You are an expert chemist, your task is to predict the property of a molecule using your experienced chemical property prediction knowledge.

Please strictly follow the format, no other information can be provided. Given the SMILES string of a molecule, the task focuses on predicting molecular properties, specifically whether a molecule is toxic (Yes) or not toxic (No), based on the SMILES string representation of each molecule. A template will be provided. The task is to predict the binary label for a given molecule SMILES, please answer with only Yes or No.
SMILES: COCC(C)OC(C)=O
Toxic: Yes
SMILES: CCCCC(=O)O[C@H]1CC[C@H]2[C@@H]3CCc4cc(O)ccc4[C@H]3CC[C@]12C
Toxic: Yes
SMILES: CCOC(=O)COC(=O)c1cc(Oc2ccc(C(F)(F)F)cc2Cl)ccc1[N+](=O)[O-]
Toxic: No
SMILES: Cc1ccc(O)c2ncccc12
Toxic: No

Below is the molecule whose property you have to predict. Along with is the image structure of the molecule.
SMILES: COc1cc(OC)nc(Oc2cccc(Oc3nc(OC)cc(OC)n3)c2C(=O)[O-])n1
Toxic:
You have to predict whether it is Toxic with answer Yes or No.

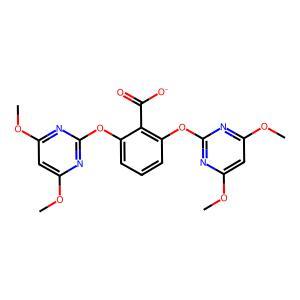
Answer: No